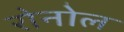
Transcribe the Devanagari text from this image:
रोनोल